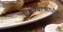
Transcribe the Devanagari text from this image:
बसण्याआधीच